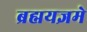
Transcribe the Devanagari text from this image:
ब्रह्मयज्ञमे